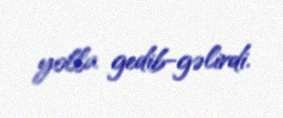
yolla gedib-gəlirdi.